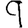
Digit: 9